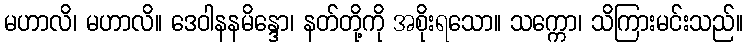
မဟာလိ၊ မဟာလိ။ ဒေဝါနနမိန္ဒော၊ နတ်တို့ကို အစိုးရသော။ သက္ကော၊ သိကြားမင်းသည်။